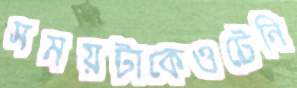
সময়টাকেওটেনি